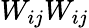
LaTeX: W_{ij}W_{ij}